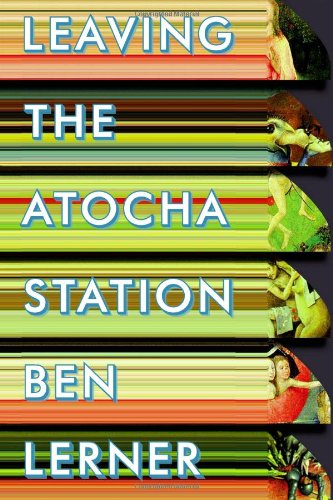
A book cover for Leaving the Atocha Station; Ben Lerner; Literature & Fiction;